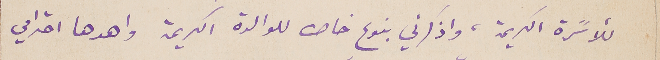
للأسًرة الكريمة، واذكرني بنوعٍ خاص للوالدة الكريمة واهدها احترامي